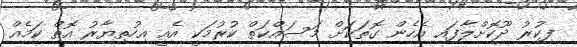
ފިކުރު ދޫކޮށްލާފައި އެހެން ގޮތަކަށް މަސައްކަތް ކުރުމަކީ އެއީ އިހުތިޔާރު އޮތް ކަމެއް